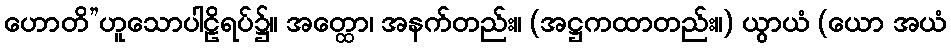
ဟောတိ”ဟူသောပါဠိရပ်၌။ အတ္ထော၊ အနက်တည်း။ (အဋ္ဌကထာတည်း။) ယွာယံ (ယော အယံ